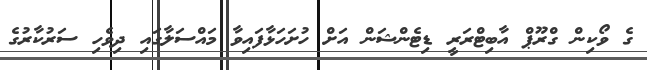
ގެ ވޯކިން ގްރޫޕް އާބިޓްރަރީ ޑިޓެންޝަން އަށް ހުށަހަޅާފައިވާ މައްސަލާގައި ދިވެހި ސަރުކާރުގެ